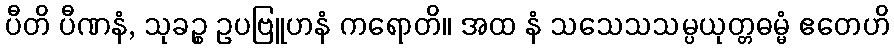
ပီတိ ပီဏနံ, သုခဉ္စ ဥပဗြူဟနံ ကရောတိ။ အထ နံ သသေသသမ္ပယုတ္တဓမ္မံ ဧတေဟိ